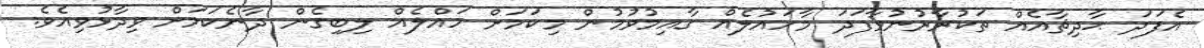
އެފަދަ ޙާދިޘާއެއް ތަކުރާރުނުވާފަދަ މާހައުލެއް ގާއިމުވުމުން މިކަމަށް ހައްލެއް ލިބިގެން ދާނެކަމަށް ވިދާޅުވިއެވެ.